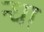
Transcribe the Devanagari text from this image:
न्धा